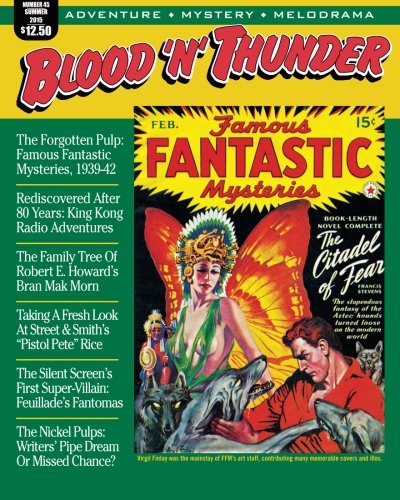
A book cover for Blood 'n' Thunder: Summer 2015; Robert E. Howard; Humor & Entertainment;